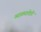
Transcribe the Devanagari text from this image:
व्याख्यातेही